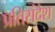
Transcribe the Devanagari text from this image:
प्रतिसंदेश